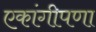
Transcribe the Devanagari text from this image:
एकांगीपणा